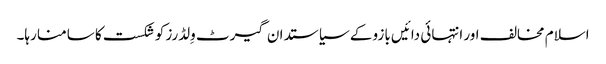
اسلام مخالف اور انتہائی دائیں بازو کے سیاستدان گیرٹ وِلڈرز کو شکست کا سامنا رہا۔